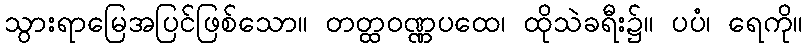
သွားရာမြေအပြင်ဖြစ်သော။ တတ္ထဝဏ္ဏပထေ၊ ထိုသဲခရီး၌။ ပပံ၊ ရေကို။